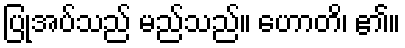
ပြုအပ်သည် မည်သည်။ ဟောတိ၊ ၏။